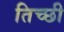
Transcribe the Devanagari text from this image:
तिच्छी